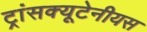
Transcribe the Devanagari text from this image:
ट्रांसक्यूटेनीयस